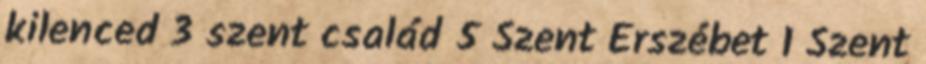
kilenced 3 szent család 5 Szent Erszébet 1 Szent